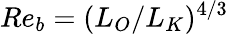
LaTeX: Re_{b}=(L_{O}/L_{K})^{4/3}